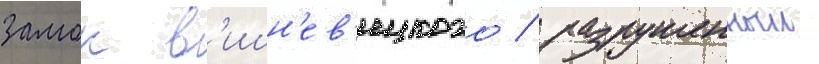
замок в'ишн'ев'ецкого / разрушенныи